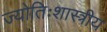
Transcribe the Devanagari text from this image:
ज्योतिःशास्त्रीय